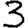
Digit: 3